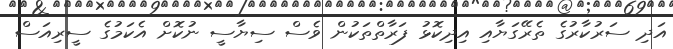
އަދި ސަރުކާރުގެ ތެރޭގަޔާއި އިދިކޮޅު ފަރާތްތަކުން ވެސް ސިޔާސީ ނުކޮށް އެކަމުގެ ސީރިއަސް